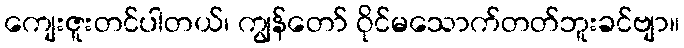
ကျေးဇူးတင်ပါတယ်၊ ကျွန်တော် ဝိုင်မသောက်တတ်ဘူးခင်ဗျာ။